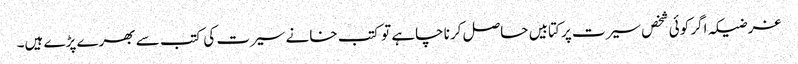
غرضیکہ اگر کوئی شخص سیرت پر کتابیں حاصل کرنا چاہے تو کتب خانے سیرت کی کتب سے بھرے پڑے ہیں۔